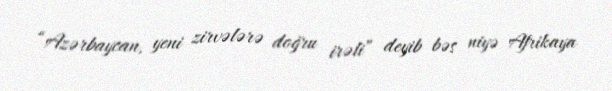
“Azərbaycan, yeni zirvələrə doğru irəli” deyib bəs niyə Afrikaya